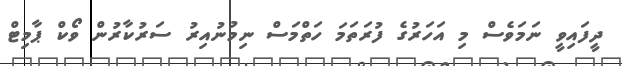
ދީފައިވީ ނަމަވެސް މި އަހަރުގެ ފުރަތަމަ ހަތްމަސް ނިމުނުއިރު ސަރުކާރުން ވޯކް ޕާމިޓް